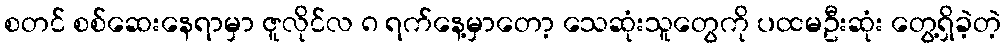
စတင် စစ်ဆေးနေရာမှာ ဇူလိုင်လ ၈ ရက်နေ့မှာတော့ သေဆုံးသူတွေကို ပထမဦးဆုံး တွေ့ရှိခဲ့တဲ့